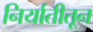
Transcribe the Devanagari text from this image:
निर्यातीतून